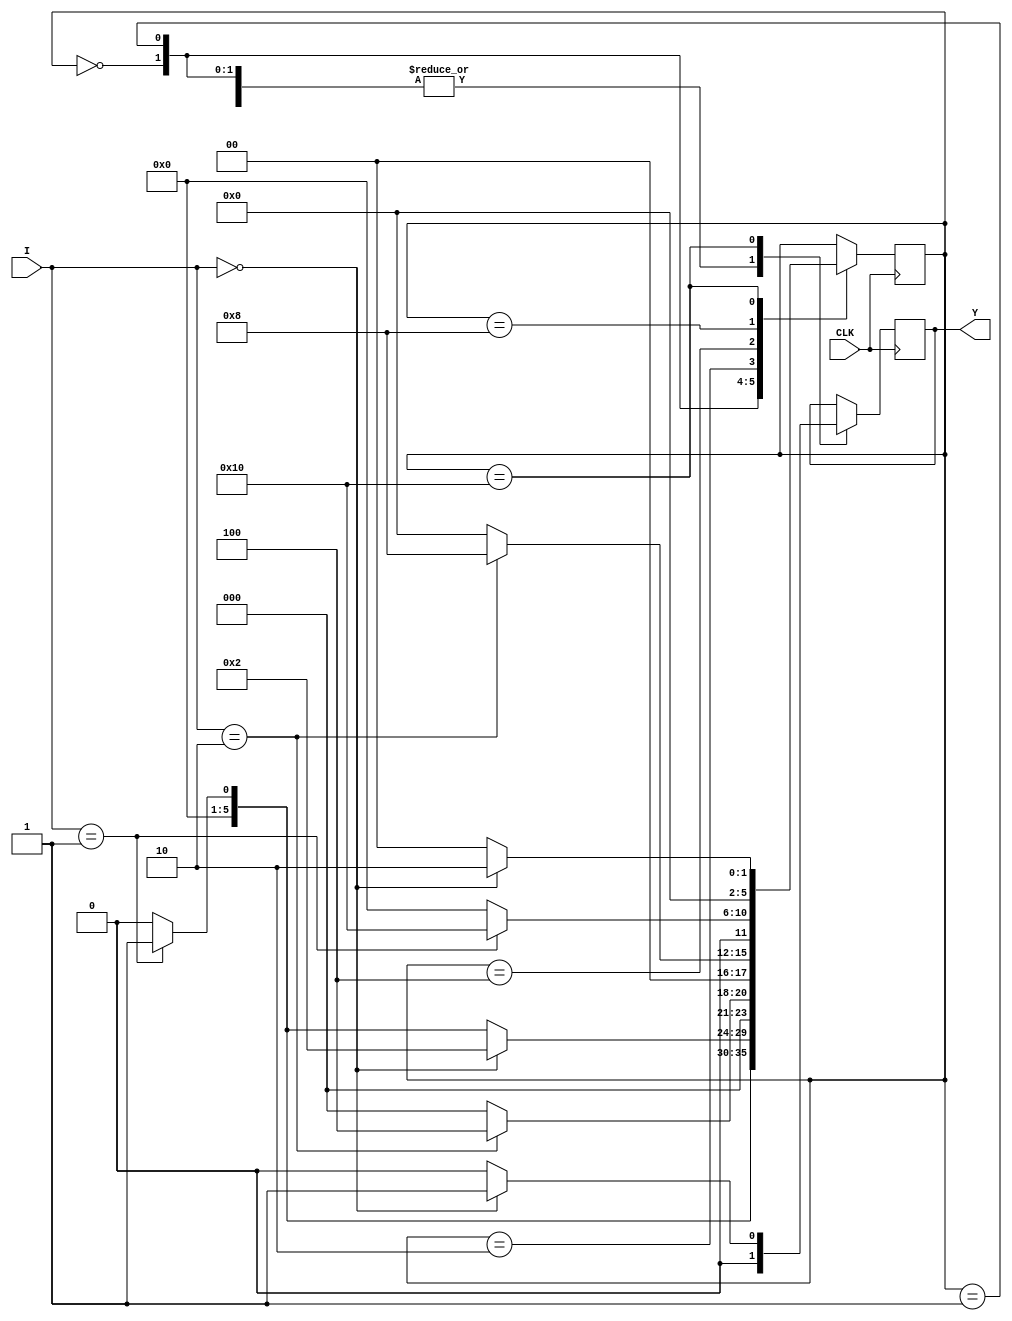

//Finite State Machine design
//Inputs  : I (4 bit) and CLK (clock)
//Output  : Y (Y = 1 when 102210 sequence(decimal number sequence) is detected)


module fsm(
	input CLK,			  //Clock
	input [3:0]I,       //INPUT I
	output	  Y		  //OUTPUT Y
);

reg Y1 = 0;
assign Y = Y1;


////////////////////////WRITE YOUR CODE FROM HERE//////////////////// 
parameter [5:0] S0=6'b000000;
parameter [5:0] S1=6'b000001;
parameter [5:0] S2=6'b000010;
parameter [5:0] S3=6'b000100;
parameter [5:0] S4=6'b001000;
parameter [5:0] S5=6'b010000;

reg [5:0] cst=S0;
reg [5:0] nst;

always@(posedge CLK)
	begin
				
				case(cst)
				S0:if(I==4'b0001) begin
						Y1 = 1'b0;
						cst = S1;
						
					end
					else begin
					    Y1=1'b0;
						cst=S0;
						
					end
				S1:if(I==4'b0000) begin
						Y1=1'b0;
						cst = S2;
											end
					else if (I==4'b0001) begin
					    Y1=1'b0;
						cst=S1;
						
					end	
					else begin
						Y1=1'b0;
						cst=S0;
						
					end	
				S2:if(I==4'b0010) begin
						Y1=1'b0;
						cst=S3;
						
					end
					else begin 
						Y1=1'b0;
						cst=S0;
						
					end
				S3:if(I==4'b0010) begin
						Y1=1'b0;
						cst=S4;
						
					end
					else begin 
						Y1=1'b0;
						cst=S0;
						
					end
				S4:if(I==4'b0001) begin
						Y1=1'b0;
						cst=S5;
						
					end
					else begin 
						Y1=1'b0;
						cst=S0;
						
					end
				S5:if(I==4'b0000) begin
						Y1=1'b1;
						cst=S2;
						
					end
					else begin 
						Y1=1'b0;
						cst=S0;
						
					end
				endcase
	end

	

////////////////////////YOUR CODE ENDS HERE//////////////////////////
endmodule
///////////////////////////////MODULE ENDS///////////////////////////